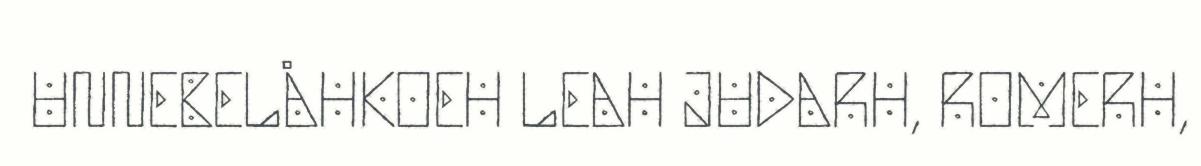
UNNEBELÅHKOEH LEAH JUDARH, ROMERH,